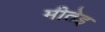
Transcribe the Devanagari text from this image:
मीतेइ